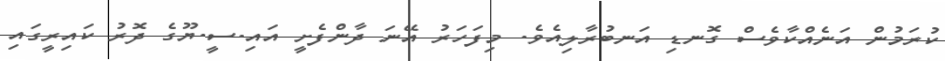
ކުރަމުން އަނެއްކާވެސް ގޮނޑި އަނބުރާލިއެވެ. މިފަހަރު އޭނަ ދާންފެށީ އައި.ސީ.ޔޫގެ ދޮރު ކައިރީގައި